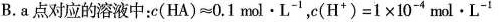
B.a点对应的溶液中：$$c(HA) ≈ 0.1mol·L^{-1}$$，$$c(H^ + ) = 1 × 10^{-4}mol·L^{-1}$$